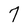
Character: 7